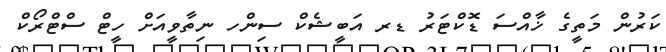
ކަރުން މަތީގެ ޚާއްސަ ޑޮކްޓަރު ޑރ އަބީޝެކް ސިންހ ނިތާވީއަށް ހީޓް ސްޓްރޯކް